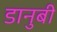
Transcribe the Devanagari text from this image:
डानुबी